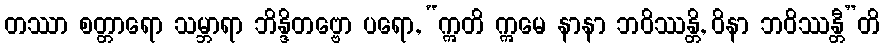
တဿာ စတ္တာရော သမ္ဘာရာ ဘိန္ဒိတဗ္ဗော ပရော, “ဣတိ ဣမေ နာနာ ဘဝိဿန္တိ, ဝိနာ ဘဝိဿန္တီ”တိ